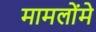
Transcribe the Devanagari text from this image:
मामलोंमे